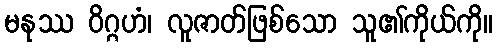
မနုဿ ဝိဂ္ဂဟံ၊ လူဇာတ်ဖြစ်သော သူ၏ကိုယ်ကို။